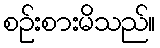
စဉ်းစားမိသည်။